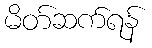
မိတ်ဆက်ရန်